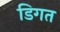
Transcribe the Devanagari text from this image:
डिगत